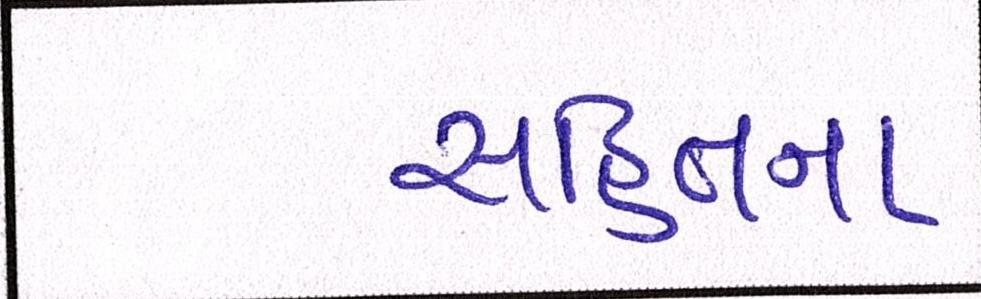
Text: સહિતના